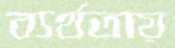
ব্যর্থতায়